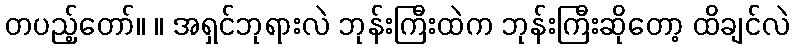
တပည့်တော်။ ။ အရှင်ဘုရားလဲ ဘုန်းကြီးထဲက ဘုန်းကြီးဆိုတော့ ထိချင်လဲ